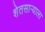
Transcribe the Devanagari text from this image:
शेतसाऱ्याला